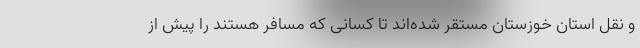
و نقل استان خوزستان مستقر شده‌اند تا کسانی که مسافر هستند را پیش از